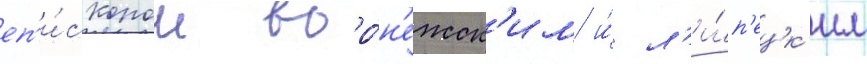
еп'и́скопом воро́н'ежск'им и́ л'и́п'ецк'им